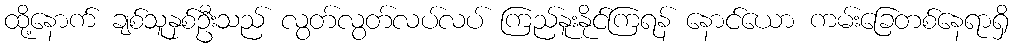
ထို့နောက် ချစ်သူနှစ်ဦးသည် လွတ်လွတ်လပ်လပ် ကြည်နူးနိုင်ကြရန် နောင်ယော ကမ်းခြေတစ်နေရာရှိ